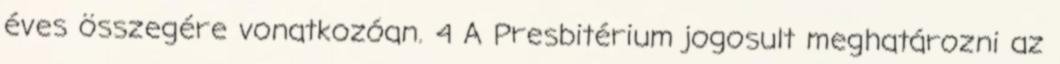
éves összegére vonatkozóan. 4 A Presbitérium jogosult meghatározni az